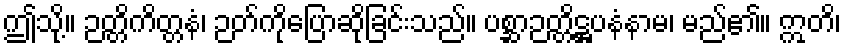
ဤသို့။ ဉတ္တိကိတ္တနံ၊ ဉတ်ကိုပြောဆိုခြင်းသည်။ ပစ္ဆာဉတ္တိဋ္ဌပနံနာမ၊ မည်၏။ ဣတိ၊